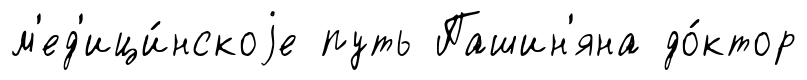
м'ед'ици́нскоjе путь Пашин'яна до́ктор